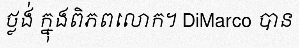
ថ្លង់ ក្នុងពិភពលោក។ DiMarco បាន